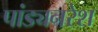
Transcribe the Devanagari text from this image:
पांड्यनरेश